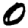
Digit: 0